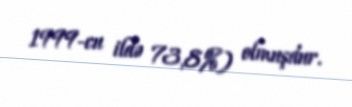
1999-cu ildə 73,8%) olmuşdur.